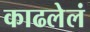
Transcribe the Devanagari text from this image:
काढलेलं